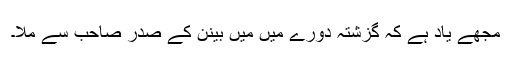
مجھے یاد ہے کہ گزشتہ دورے میں مَیں بینن کے صدر صاحب سے ملا۔